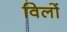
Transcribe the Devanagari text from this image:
विलों